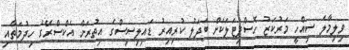
ވިލިމާލެ ސިއްހީ މަރުކަޒު ހޮސްޕިޓަލަކަށް ބަދަލު ކުރިއިރު ޑައިލިސިސްގެ އިތުރަށް އެކްސްރޭގެ ހިދުމަތާއި